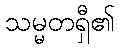
သမ္မတရှီ၏